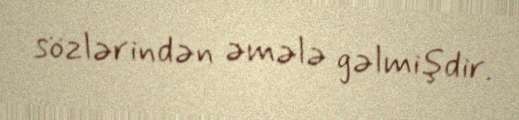
sözlərindən əmələ gəlmişdir.